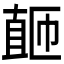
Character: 𬑚